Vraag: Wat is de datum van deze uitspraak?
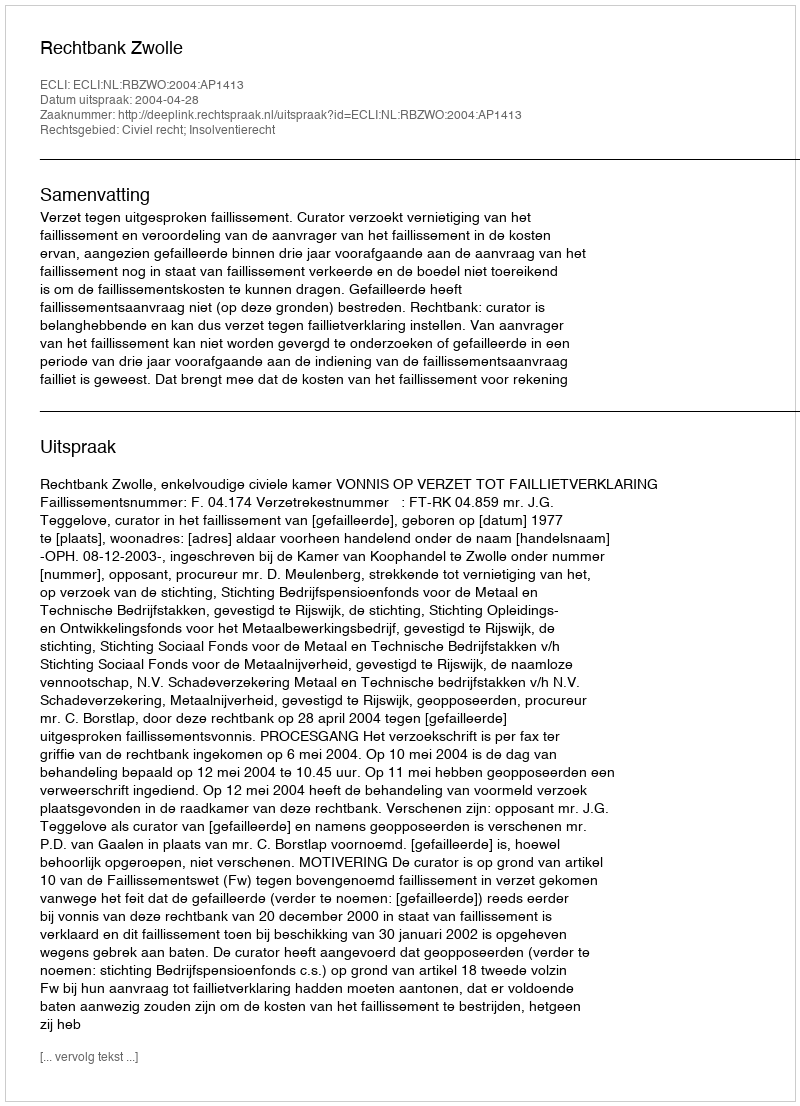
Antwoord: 2004-04-28